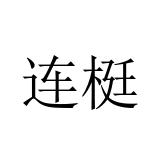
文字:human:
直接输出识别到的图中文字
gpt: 连梃